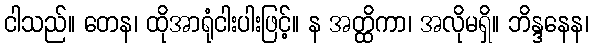
ငါသည်။ တေန၊ ထိုအာရုံငါးပါးဖြင့်။ န အတ္ထိကာ၊ အလိုမရှိ။ ဘိန္ဒနေန၊